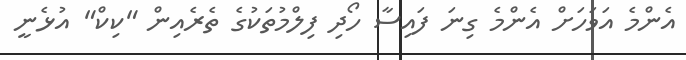
އެންމެ އަވަހަށް އެންމެ ގިނަ ފައިސާ ހޯދި ފިލްމުތަކުގެ ތެރެއިން "ކިކް" އުޅެނީ